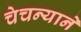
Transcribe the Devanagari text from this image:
चेचन्याने